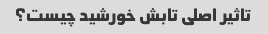
تاثیر اصلی تابش خورشید چیست؟